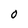
Character: O